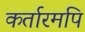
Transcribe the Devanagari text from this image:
कर्तारमपि